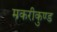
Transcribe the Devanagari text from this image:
मकरीकुण्‍ड